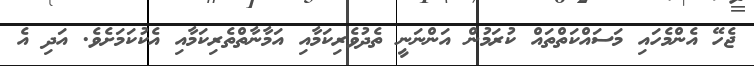
ޖެހޭ އެންމެހައި މަސައްކަތްތައް ކުރަމުން އަންނަނީ ތެދުވެރިކަމާއި އަމާނާތްތެރިކަމާއި އެކުކަމަށެވެ. އަދި އެ